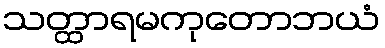
သတ္ထာရမကုတောဘယံ